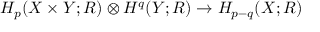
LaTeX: H _ { p } ( X \times Y ; R ) \otimes H ^ { q } ( Y ; R ) \rightarrow H _ { p - q } ( X ; R )